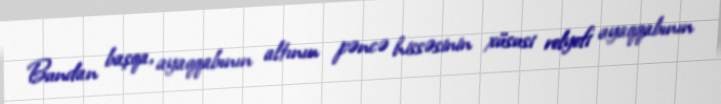
Bundan başqa, ayaqqabının altının pəncə hissəsinin xüsusi relyefi ayaqqabının